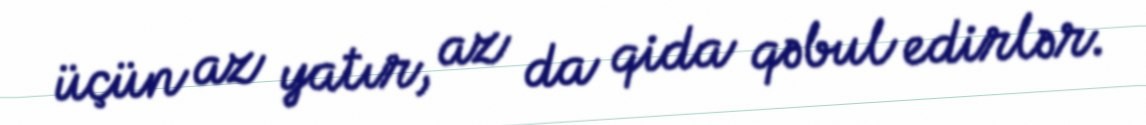
üçün az yatır, az da qida qəbul edirlər.